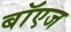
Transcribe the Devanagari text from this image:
बॉएज